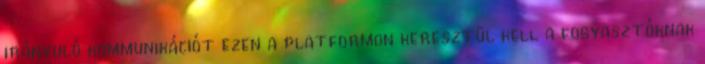
irányuló kommunikációt ezen a platformon keresztül kell a fogyasztóknak